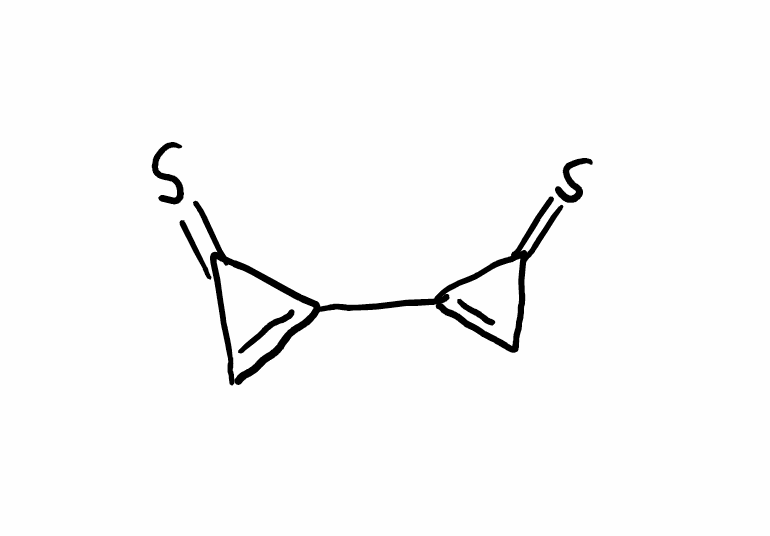
Simplified molecular-input line-entry system (SMILES) notation of the given molecule:
C1=C(C1=S)C2=CC2=S